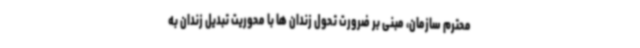
محترم سازمان، مبنی بر ضرورت تحول زندان ها با محوریت تبدیل زندان به